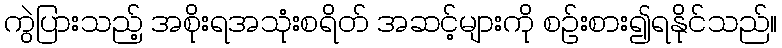
ကွဲပြားသည့် အစိုးရအသုံးစရိတ် အဆင့်များကို စဉ်းစား၍ရနိုင်သည်။